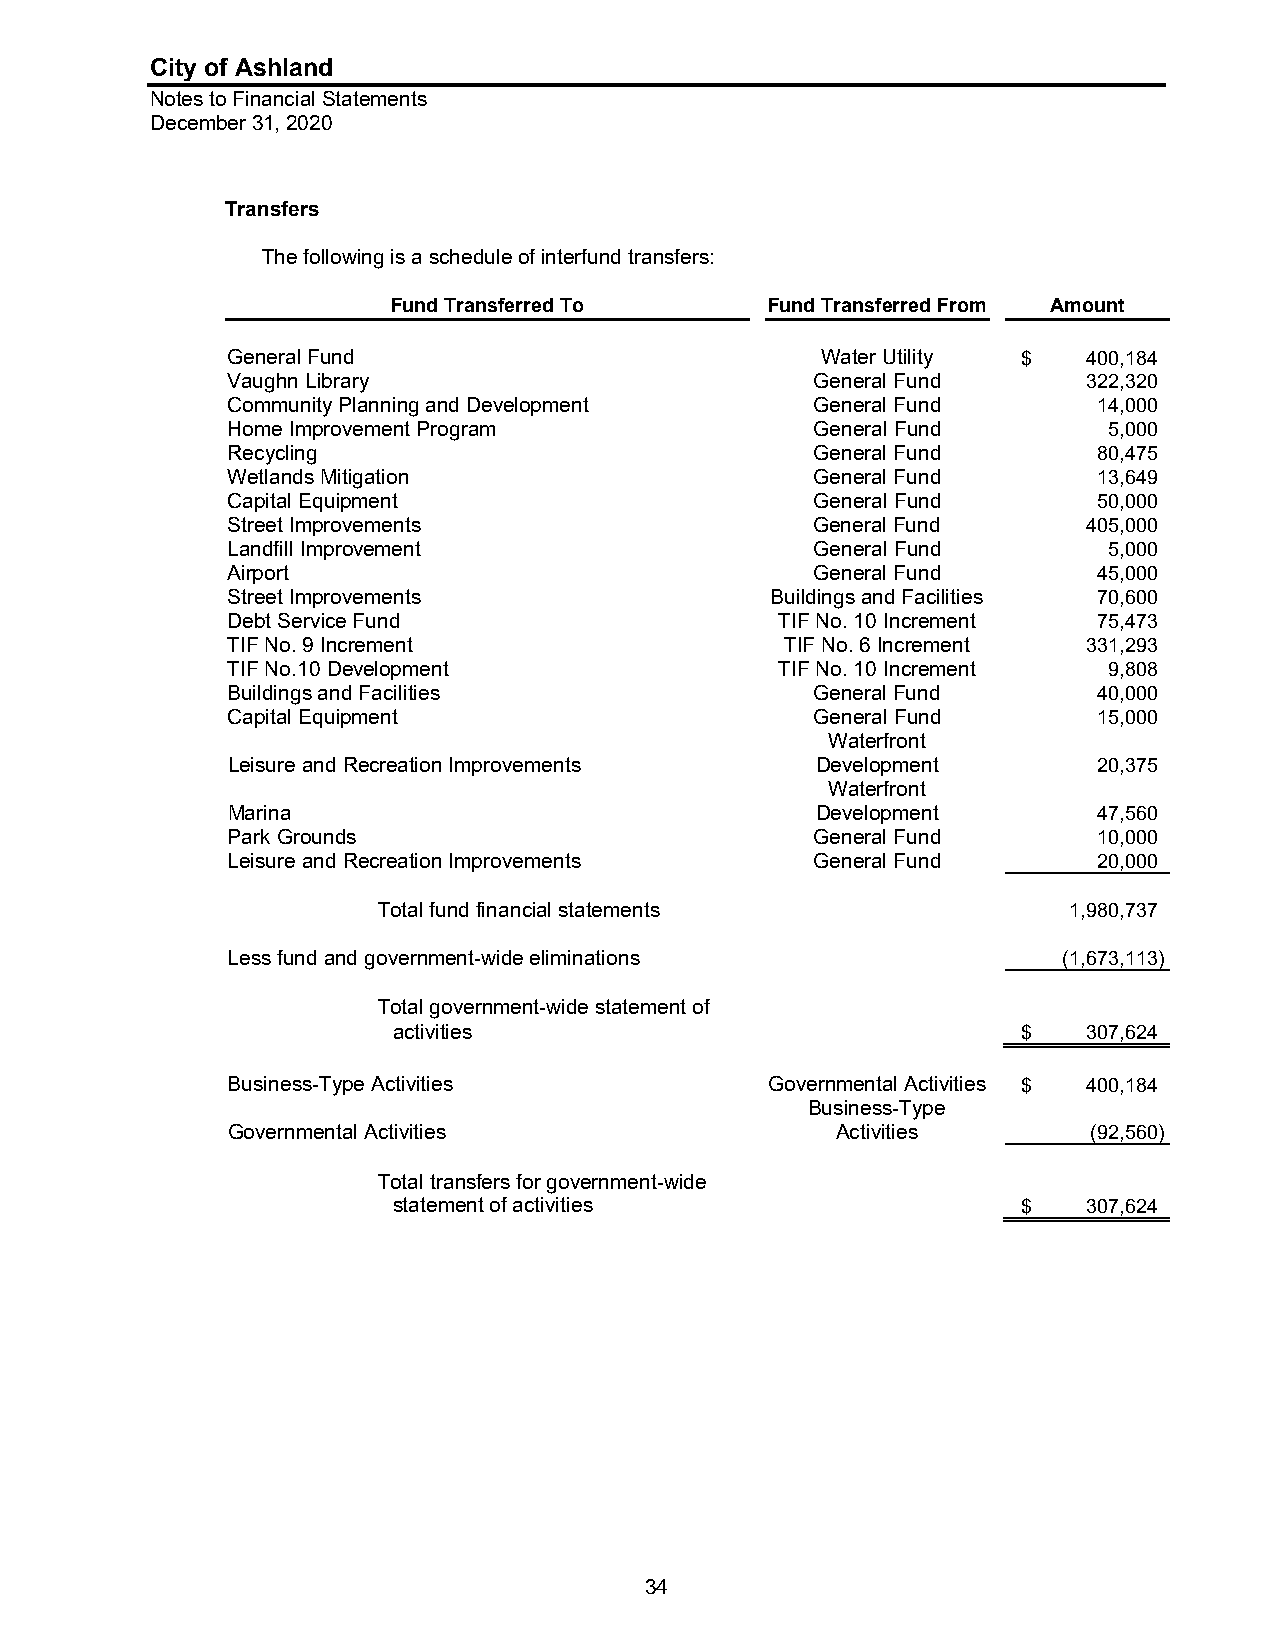
City of Ashland
 Notes to Financial Statements
 December 31, 2020
 Transfers
 The following is a schedule of interfund transfers:
 Fund Transferred To      Fund Transferred From Amount
 General Fund                           Water Utility $   400,184
 Vaughn Library                         General Fund      322,320
 Community Planning and Development     General Fund       14,000
 Home Improvement Program               General Fund       5,000
 Recycling                              General Fund       80,475
 Wetlands Mitigation                    General Fund       13,649
 Capital Equipment                      General Fund       50,000
 Street Improvements                    General Fund      405,000
 Landfill Improvement                   General Fund       5,000
 Airport                                General Fund       45,000
 Street Improvements                 Buildings and Facilities 70,600
 Debt Service Fund                    TIF No. 10 Increment 75,473
 TIF No. 9 Increment                  TIF No. 6 Increment 331,293
 TIF No.10 Development                TIF No. 10 Increment 9,808
 Buildings and Facilities               General Fund       40,000
 Capital Equipment                      General Fund       15,000
 Waterfront
 Leisure and Recreation Improvements    Development        20,375
 Waterfront
 Marina                                 Development        47,560
 Park Grounds                           General Fund       10,000
 Leisure and Recreation Improvements    General Fund       20,000
 Total fund financial statements               1,980,737
 Less fund and government-wide eliminations             (1,673,113)
 Total government-wide statement of
 activities                                $   307,624
 Business-Type Activities            Governmental Activities $ 400,184
 Business-Type
 Governmental Activities                 Activities       (92,560)
 Total transfers for government-wide
 statement of activities                   $   307,624
 34